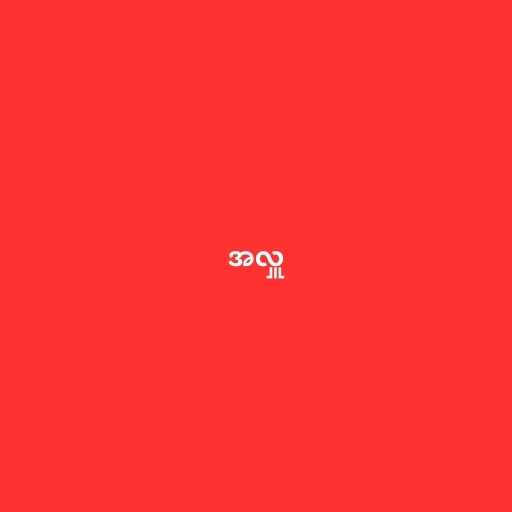
အလှူ